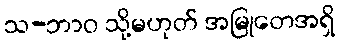
သ-ဘာဝ သို့မဟုတ် အမြုတေအရှိ